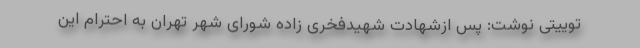
توییتی نوشت: پس ازشهادت شهیدفخری زاده شورای شهر تهران به احترام این